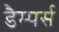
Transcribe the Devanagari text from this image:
डैम्पर्स